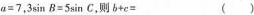
$$ a = 7，3 sin B = 5 sin C$$，则$$b + c = $$()